Annual report of the Imperial Bacteriologist
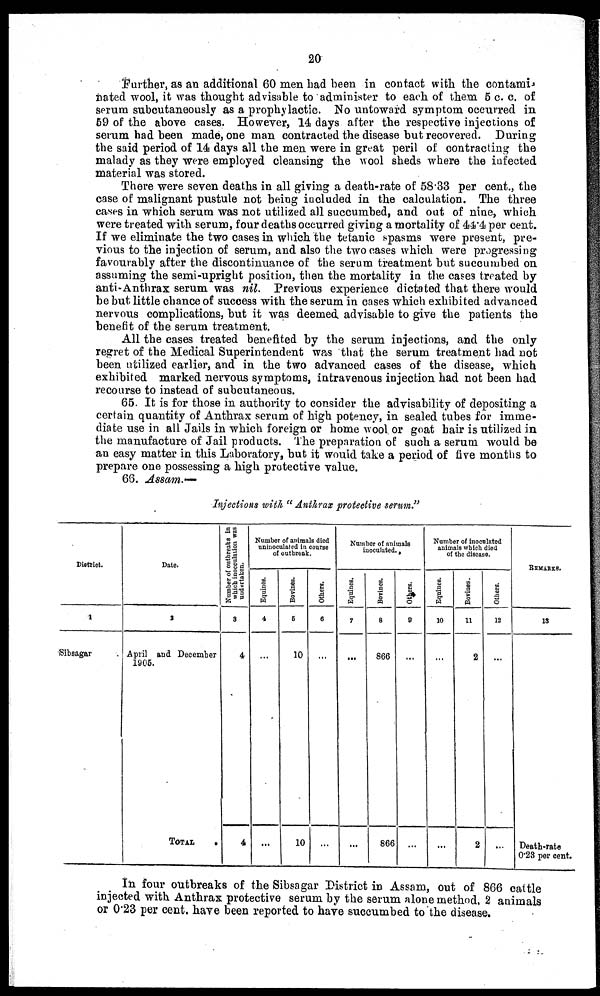
20
Further, as an additional 60 men had been in contact with the contami,
nated wool, it was thought advisable to administer to each of them 5 c. c. of
serum subcutaneously as a prophylactic. No untoward symptom occurred in
59 of the above cases. However, 14 days after the respective injections of
serum had been made, one man contracted the disease but recovered. During
the said period of 14 days all the men were in great peril of contracting the
malady as they were employed cleansing the wool sheds where the infected
material was stored.
There were seven deaths in all giving a death-rate of 58.33 per cent., the
case of malignant pustule not being included in the calculation. The three
cases in which serum was not utilized all succumbed, and out of nine, which
were treated with serum, four deaths occurred giving a mortality of 44.4 per cent.
If we eliminate the two cases in which the tetanic spasms were present, pre-
vious to the injection of serum, and also the two cases which were progressing
favourably after the discontinuance of the serum treatment but succumbed on
assuming the semi-upright position, then the mortality in the cases treated by
anti-Anthrax serum was nil. Previous experience dictated that there would
be but little chance of success with the serum in cases which exhibited advanced
nervous complications, but it was deemed advisable to give the patients the
benefit of the serum treatment.
All the cases treated benefited by the serum injections, and the only
regret of the Medical Superintendent was that the serum treatment had not
been utilized earlier, and in the two advanced cases of the disease, which
exhibited marked nervous symptoms, intravenous injection had not been had
recourse to instead of subcutaneous.
65. It is for those in authority to consider the advisability of depositing a
certain quantity of Anthrax serum of high potency, in sealed tubes for imme-
diate use in all Jails in which foreign or home wool or goat hair is utilized in
the manufacture of Jail products. The preparation of such a serum would be
an easy matter in this Laboratory, but it would take a period of five months to
prepare one possessing a high protective value.
66. Assam.—
Injections with " Anthrax protective serum."
District.
1
Sibsagar
Date.
1
April and December
1905.
TOTAL
.
Number of outbreaks in
which inocculation was
undertaken.
3
4
4
Number of animals died
uninoculatcd in course
of outbreak.
Equines.
4
...
Bovines.
5
10
10
Others.
6
...
Number of animals
inoculated.
Equines.
7
...
...
Bovines.
8
866
866
Others.
9
...
...
Number of inoculated
animals which died
of the disease.
Equines.
10
...
...
Bovines.
11
2
2
Others.
12
...
...
REMARKS.
13
Death-rate
0.23 per cent.
In four outbreaks of the Sibsagar District in Assam, out of 866 cattle
injected with Anthrax protective serum by the serum alone method, 2 animals
or 0.23 per cent. have been reported to have succumbed to the disease.